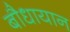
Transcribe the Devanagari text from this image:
बौधायान